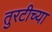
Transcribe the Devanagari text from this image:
तुरटीच्या